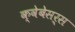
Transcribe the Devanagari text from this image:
क्वेबेसर्स